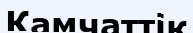
Камчаттік